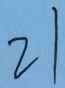
2 1